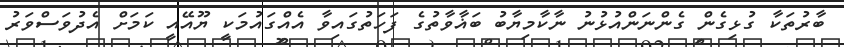
ބާރުތަކާ ގުޅިގެން ގެންނަންއުޅުނު ނާކާމިޔާބު ބަޣާވާތުގެ ފަހަތުގައިވާ އެއްގައުމަކީ ޔޫއޭއީ ކަމަށް އެދުވަސްވަރު